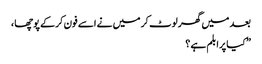
بعد میں گھر لوٹ کر میں نے اسے فون کرکے پوچھا ،
” کیا پرابلم ہے ؟